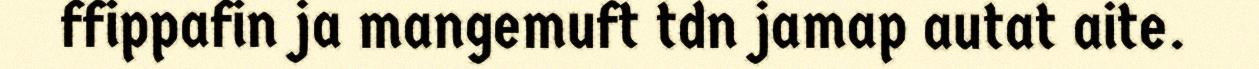
ffippafin ja mangemuft tdn jamap autat aite.